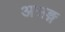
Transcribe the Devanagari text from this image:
असङ्ग